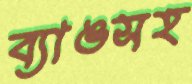
ব্যাঙসহ